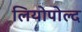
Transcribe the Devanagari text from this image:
लियोपोल्द